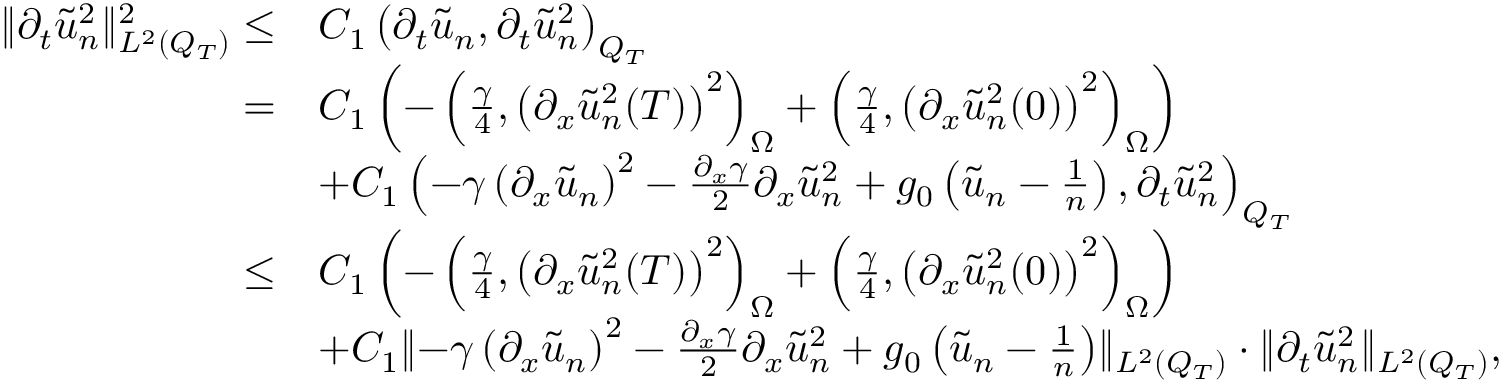
\begin{array} { r l } { \lVert \partial _ { t } \tilde { u } _ { n } ^ { 2 } \rVert _ { L ^ { 2 } ( Q _ { T } ) } ^ { 2 } \leq } & { C _ { 1 } \left( \partial _ { t } \tilde { u } _ { n } , \partial _ { t } \tilde { u } _ { n } ^ { 2 } \right) _ { Q _ { T } } } \\ { = } & { C _ { 1 } \left( - \left( \frac { \gamma } { 4 } , \left( \partial _ { x } \tilde { u } _ { n } ^ { 2 } ( T ) \right) ^ { 2 } \right) _ { \Omega } + \left( \frac { \gamma } { 4 } , \left( \partial _ { x } \tilde { u } _ { n } ^ { 2 } ( 0 ) \right) ^ { 2 } \right) _ { \Omega } \right) } \\ & { + C _ { 1 } \left( - \gamma \left( \partial _ { x } \tilde { u } _ { n } \right) ^ { 2 } - \frac { \partial _ { x } \gamma } { 2 } \partial _ { x } \tilde { u } _ { n } ^ { 2 } + g _ { 0 } \left( \tilde { u } _ { n } - \frac { 1 } { n } \right) , \partial _ { t } \tilde { u } _ { n } ^ { 2 } \right) _ { Q _ { T } } } \\ { \leq } & { C _ { 1 } \left( - \left( \frac { \gamma } { 4 } , \left( \partial _ { x } \tilde { u } _ { n } ^ { 2 } ( T ) \right) ^ { 2 } \right) _ { \Omega } + \left( \frac { \gamma } { 4 } , \left( \partial _ { x } \tilde { u } _ { n } ^ { 2 } ( 0 ) \right) ^ { 2 } \right) _ { \Omega } \right) } \\ & { + C _ { 1 } \lVert - \gamma \left( \partial _ { x } \tilde { u } _ { n } \right) ^ { 2 } - \frac { \partial _ { x } \gamma } { 2 } \partial _ { x } \tilde { u } _ { n } ^ { 2 } + g _ { 0 } \left( \tilde { u } _ { n } - \frac { 1 } { n } \right) \rVert _ { L ^ { 2 } ( Q _ { T } ) } \cdot \lVert \partial _ { t } \tilde { u } _ { n } ^ { 2 } \rVert _ { L ^ { 2 } ( Q _ { T } ) } , } \end{array}